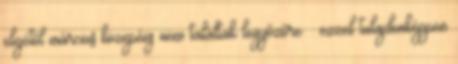
elejétől március közepéig nem találtak legyőzőre – ezzel tulajdonképpen